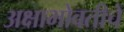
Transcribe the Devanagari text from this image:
अक्षाभोवतीचे